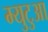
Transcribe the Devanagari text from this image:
म्युटुआ